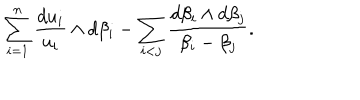
LaTeX: \sum _ { i = 1 } ^ { n } \frac { d u _ { i } } { u _ { i } } \wedge d \beta _ { i } - \sum _ { i < j } \frac { d \beta _ { i } \wedge d \beta _ { j } } { \beta _ { i } - \beta _ { j } } .